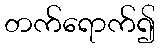
တက်ရောက်၍